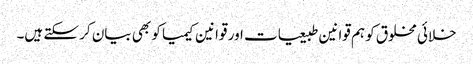
خلائی مخلوق کو ہم قوانین طبیعیات اور قوانین کیمیا کو بھی بیان کر سکتے ہیں۔